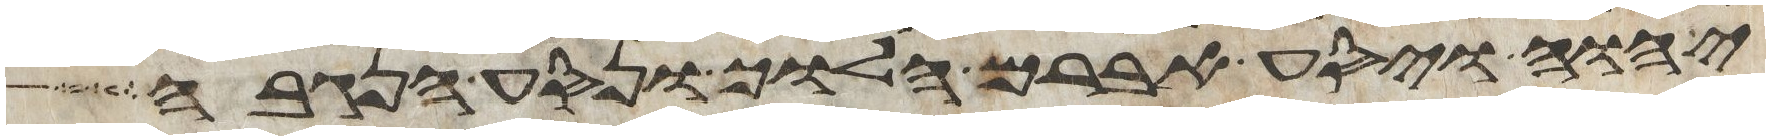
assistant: יהוה ויסע אברם הלוך ונסע הנגבה